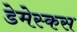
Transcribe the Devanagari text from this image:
डेमेस्कस